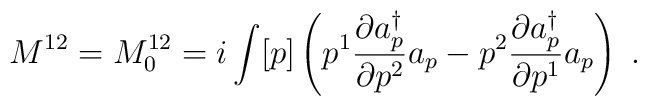
M^{12}=M^{12}_0=i\int[p] \left( p^1 \frac{\partial a_p^\dagger}{\partial p^2} a_p - p^2 \frac{\partial a_p^\dagger}{\partial p^1} a_p \right) \; .